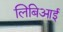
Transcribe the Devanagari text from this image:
लिबिआई